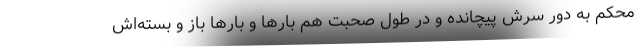
محکم به دور سرش پیچانده و در طول صحبت هم بارها و بارها باز و بسته‌اش